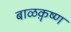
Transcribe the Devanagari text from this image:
बाळक़ॄष्‍ण